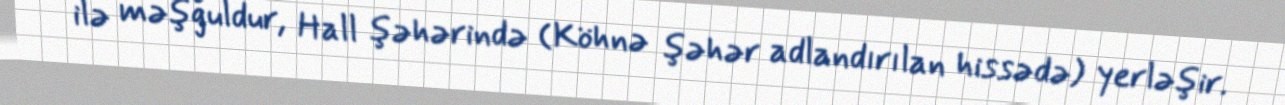
ilə məşğuldur, Hall şəhərində (Köhnə şəhər adlandırılan hissədə) yerləşir.